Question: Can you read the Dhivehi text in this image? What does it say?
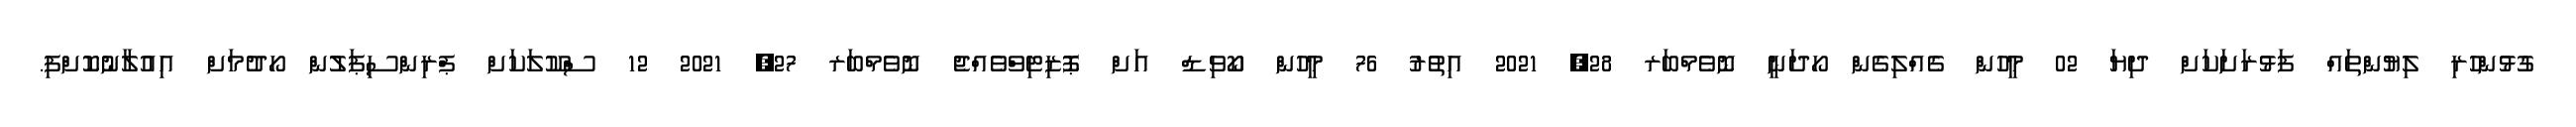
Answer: ގުޅުންހުރި ލިޔުންތައް ފަޅުރަށަކަށް ދިޔަ 02 މީހުން ގެއްލިގެން ހޯދަނީ ނޮވެމްބަރ 28, 2021 އިތުރު 76 މީހުން ކޯވިޑް އަށް ޕޮޒިޓިވްވެއްޖެ ނޮވެމްބަރ 27, 2021 12 ސްކޫލަކަށް ޕްރިންސިޕަލުން ހޯދުމަށް އިއުލާނުކޮށްފި.